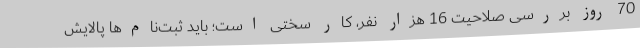
70 روز بررسی صلاحیت 16 هزار نفر، کار سختی است؛ باید ثبت‌نام‌ها پالایش